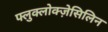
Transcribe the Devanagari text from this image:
फ्लुक्लोक्ज़ेसिलिन